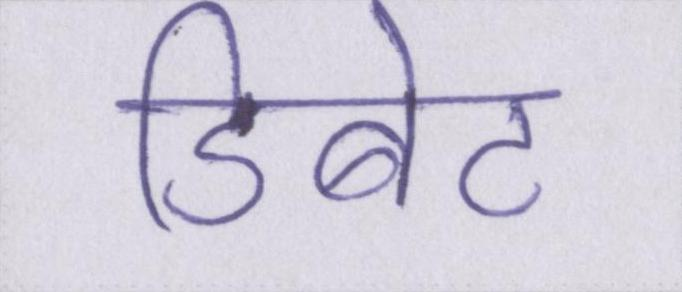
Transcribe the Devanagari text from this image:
डिबेट